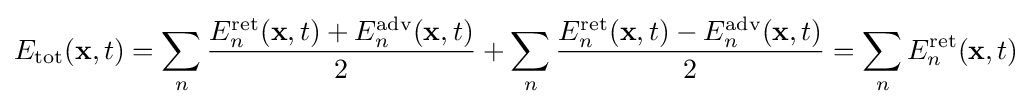
E_{\text{tot}}(\mathbf {x} ,t)=\sum _{n}{\frac {E_{n}^{\text{ret}}(\mathbf {x} ,t)+E_{n}^{\text{adv}}(\mathbf {x} ,t)}{2}}+\sum _{n}{\frac {E_{n}^{\text{ret}}(\mathbf {x} ,t)-E_{n}^{\text{adv}}(\mathbf {x} ,t)}{2}}=\sum _{n}E_{n}^{\text{ret}}(\mathbf {x} ,t)